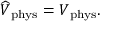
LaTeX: \widehat { \cal V } _ { \mathrm { \scriptsize ~ p h y s } } = { \cal V } _ { \mathrm { \scriptsize ~ p h y s } } .